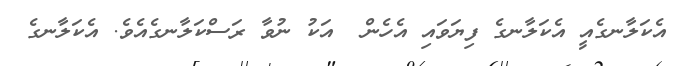
އެކަލާނގެއީ އެކަލާނގެ ފިޔަވައި އެހެން  އަކު ނުވާ ރަސްކަލާނގެއެވެ. އެކަލާނގެ